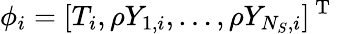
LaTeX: \phi_{i}=[T_{i},\rho Y_{1,i},\ldots,\rho Y_{{N_{S}},i}]^{\mathrm{~T~}}